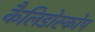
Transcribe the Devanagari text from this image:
कैलिडोस्कोप